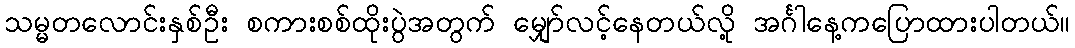
သမ္မတလောင်းနှစ်ဦး စကားစစ်ထိုးပွဲအတွက် မျှော်လင့်နေတယ်လို့ အင်္ဂါနေ့ကပြောထားပါတယ်။